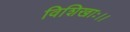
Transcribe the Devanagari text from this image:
विशिखाः।।